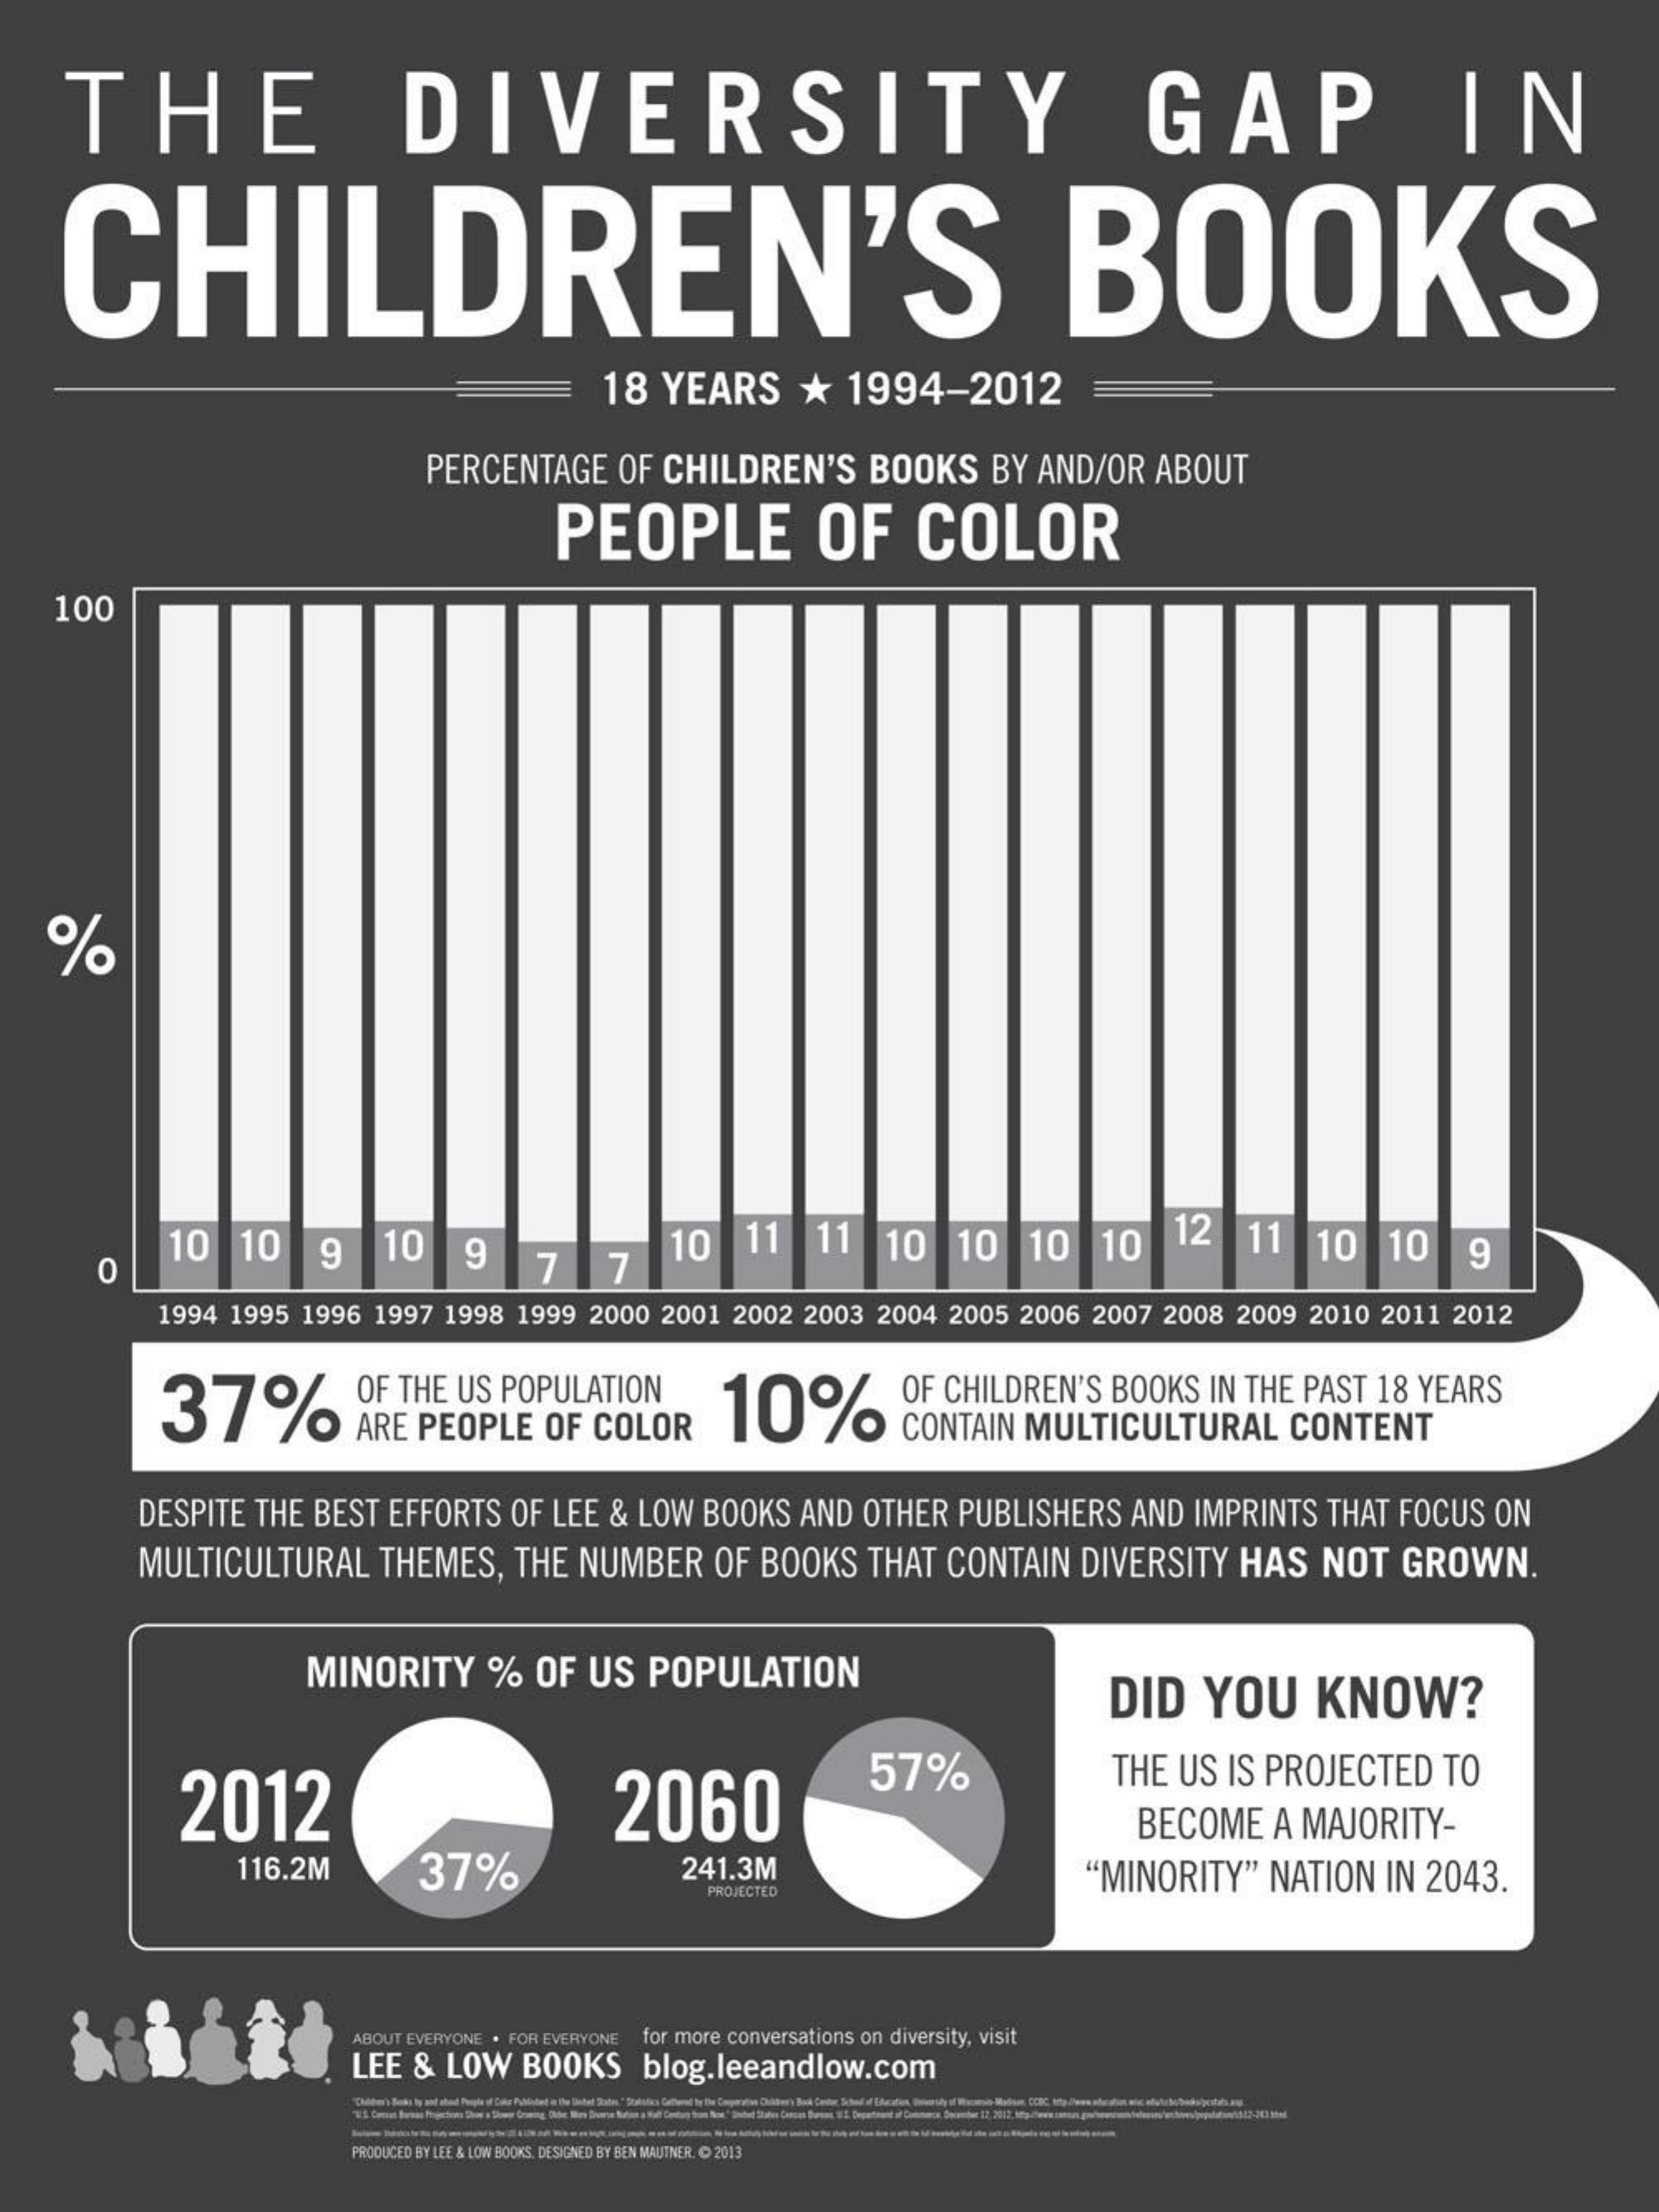
THE    DIVERSITY    GAP    IN
   CHILDREN'S    BOOKS
     18 YEARS   *  1994-2012
     PERCENTAGE OF CHILDREN'S BOOKS  BY AND/OR ABOUT
     PEOPLE    OF   COLOR
   100
    %
     10  10  9   10  9    7
     10  11  11  10  10  10  10  12  11  10  10
     O    7    9
     1994 1995 1996 1997 1998 1999 2000 2001 2002 2003 2004 2005 2006 2007 2008 2009 2010 2011 2012
     37%    ARE PEOPLE OF COLOR
     OF THE US POPULATION 10%    CONTAIN MULTICULTURAL  CONTENT
     OF CHILDREN'S BOOKS IN THE PAST 18 YEARS
     DESPITE THE BEST EFFORTS OF LEE & LOW BOOKS AND OTHER PUBLISHERS AND IMPRINTS THAT FOCUS ON
     MULTICULTURAL THEMES, THE NUMBER OF BOOKS THAT CONTAIN DIVERSITY HAS NOT GROWN.
     MINORITY   % OF US POPULATION
     DID  YOU   KNOW?
     2012    2060
     57%    THE US IS PROJECTED TO
     BECOME  A MAJORITY-
     116.2M    37%    241.3M    "MINORITY" NATION IN 2043.
     PROJECTED
     ABOUT EVERYONE . FOR EVERYONE for more conversations on diversity, visit
     LEE & LOW BOOKS blog.leeandlow.com
     -------
     PRODUCED BY LEE & LOW BOOKS, DESIGNED BY BIEN MAUTNER. @ 2013